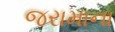
જરામાના